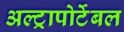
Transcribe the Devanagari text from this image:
अल्ट्रापोर्टेबल